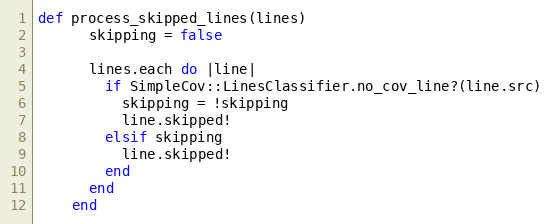
Language: Ruby
def process_skipped_lines(lines)
      skipping = false

      lines.each do |line|
        if SimpleCov::LinesClassifier.no_cov_line?(line.src)
          skipping = !skipping
          line.skipped!
        elsif skipping
          line.skipped!
        end
      end
    end